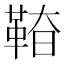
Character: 𩊵